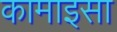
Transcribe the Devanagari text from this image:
कामाइसा